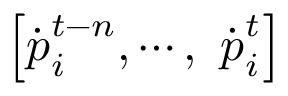
\left[ \boldsymbol { { \dot { p } } } _ { i } ^ { t - n } , \cdots , \ { \boldsymbol { \dot { p } } } _ { i } ^ { t } \right]